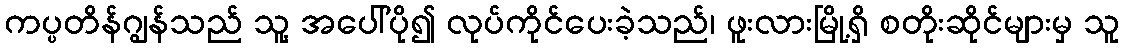
ကပ္ပတိန်ဂျွန်သည် သူ့ အပေါ်ပို၍ လုပ်ကိုင်ပေးခဲ့သည်၊ ဖူးလားမြို့ရှိ စတိုးဆိုင်များမှ သူ